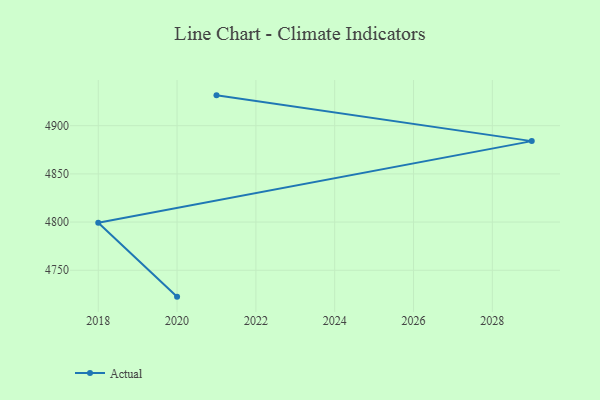
{"axis": {"x": "Year", "y": "Page Views"}, "legend": ["Actual"], "data": [{"x": "2020", "y": 4722.6, "type": "Actual"}, {"x": "2018", "y": 4799.3, "type": "Actual"}, {"x": "2029", "y": 4884.0, "type": "Actual"}, {"x": "2021", "y": 4931.5, "type": "Actual"}]}